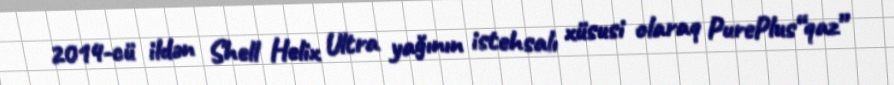
2014-cü ildən Shell Helix Ultra yağının istehsalı xüsusi olaraq PurePlus“qaz”